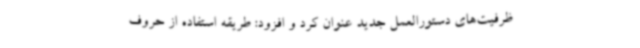
ظرفیت‌های دستورالعمل جدید عنوان کرد و افزود: طریقه استفاده از حروف